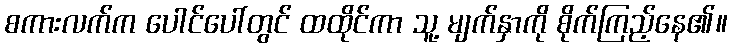
စကားလက်က ပေါင်ပေါ်တွင် ထထိုင်ကာ သူ့ မျက်နှာကို စိုက်ကြည့်နေ၏။